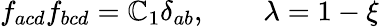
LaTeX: f_{acd}f_{bcd}=\mathbb{C}_{1}\delta_{ab},\qquad\lambda=1-\xi